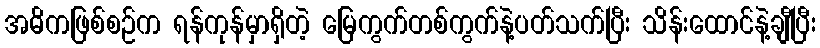
အဓိကဖြစ်စဉ်က ရန်ကုန်မှာရှိတဲ့ မြေကွက်တစ်ကွက်နဲ့ပတ်သက်ပြီး သိန်းထောင်နဲ့ချီပြီး